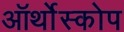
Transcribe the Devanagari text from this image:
ऑर्थोस्कोप